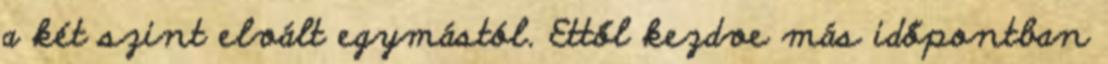
a két szint elvált egymástól. Ettől kezdve más időpontban